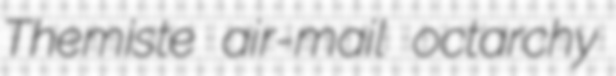
Themiste air-mail octarchy